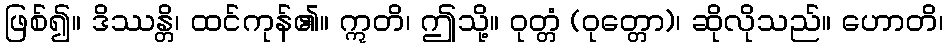
ဖြစ်၍။ ဒိဿန္တိ၊ ထင်ကုန်၏။ ဣတိ၊ ဤသို့။ ဝုတ္တံ (ဝုတ္တော)၊ ဆိုလိုသည်။ ဟောတိ၊